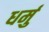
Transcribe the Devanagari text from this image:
धर्मु